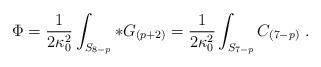
LaTeX: \begin{align*}\Phi= {1\over 2\kappa_0^2}\int_{S_{8-p}} *G_{(p+2)}={1\over 2\kappa_0^2}\int_{S_{7-p}} C_{(7-p)}\ .\end{align*}